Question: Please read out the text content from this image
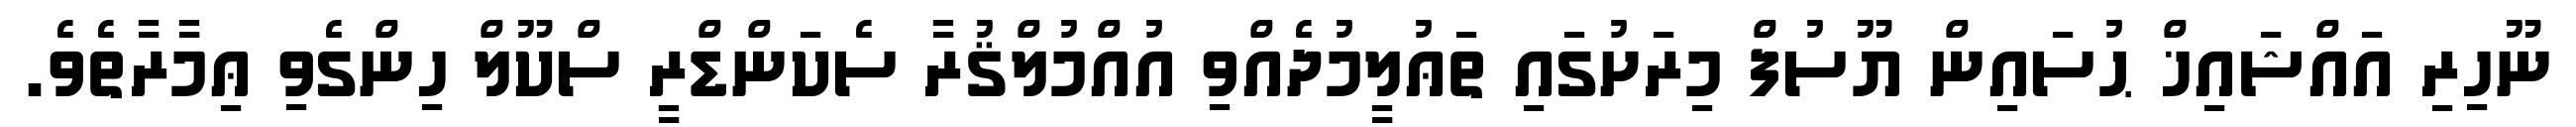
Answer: ނޫހިރި އައްޝައިޚް ޙުސައިން ޔޫސުފް މިރަށުގައި ތަޢުލީމުދެއްވި އުއްމުލްޤުރާ ސެކަންޑްރީ ސްކޫލް ހިންގެވި ޢިމާރާތެވެ.